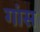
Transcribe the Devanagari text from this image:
गांस